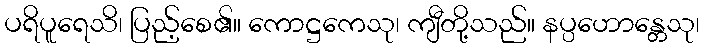
ပရိပူရေသိ၊ ပြည့်စေ၏။ ကောဋ္ဌကေသု၊ ကျီတို့သည်။ နပ္ပဟောန္တေသု၊